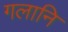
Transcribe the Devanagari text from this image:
गलानि